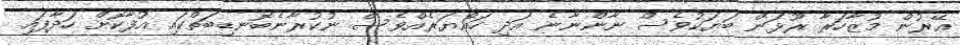
އޭރުން މުޒާހަރާ ރޫޅަން ބަޔަކުވެސް ނާންނާނެ އަދި ހައްޔަރެއްވެސް ނުކުރާނެބޮނޑިބަތްކައި އުފާކޮށް ހަދާފައި